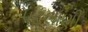
પટલાણી